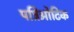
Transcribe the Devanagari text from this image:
पत्रिओटिक